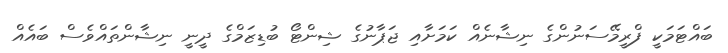
ބައްޓަމަކީ ފްރީމޭސަނުންގެ ނިޝާނެއް ކަމަށާއި ޖަޕާނުގެ ޝިންޓޯ ބުޑިޒަމްގެ ދީނީ ނިޝާންތައްވެސް ބައެއް